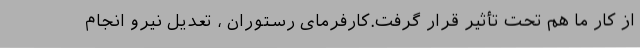
از کار ما هم تحت تأثیر قرار گرفت.کارفرمای رستوران ، تعدیل نیرو انجام